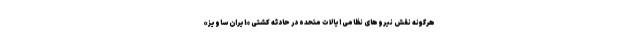
هرگونه نقش نیروهای نظامی ایالات متحده در حادثه کشتی «ایران ساویز»